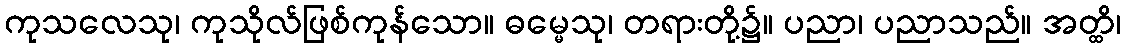
ကုသလေသု၊ ကုသိုလ်ဖြစ်ကုန်သော။ ဓမ္မေသု၊ တရားတို့၌။ ပညာ၊ ပညာသည်။ အတ္ထိ၊